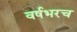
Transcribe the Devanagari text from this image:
वर्षभरच